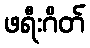
ဖရီးဂိတ်